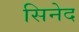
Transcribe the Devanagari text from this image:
सिनेद